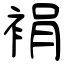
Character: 裐